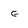
Character: G